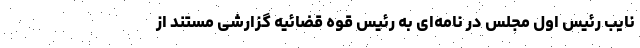
نایب رئیس اول مجلس در نامه‌ای به رئیس قوه قضائیه گزارشی مستند از